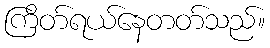
ကြိတ်ရယ်နေတတ်သည်။